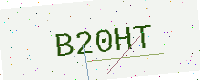
Text: B20HT